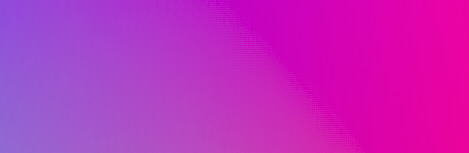
ATM INSIDE